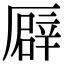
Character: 𠪮